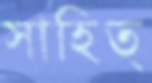
সাহিত্